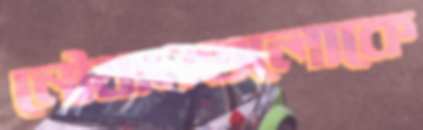
নৌযানগুলোকে